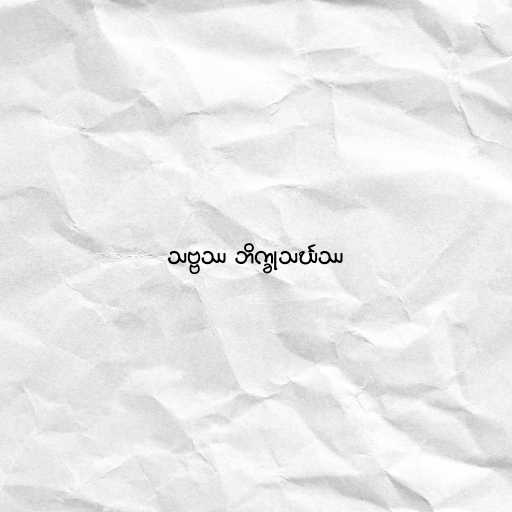
သဗ္ဗဿ ဘိက္ခုသင်္ဃဿ